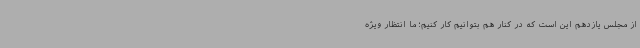
از مجلس یازدهم این است که در کنار هم بتوانیم کار کنیم؛ ما انتظار ویژه